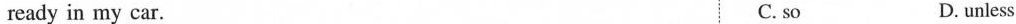
ready in my car. C. so D. unless